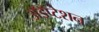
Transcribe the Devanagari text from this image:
अॅडॅप्टेशन